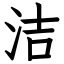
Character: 洁